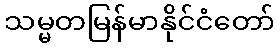
သမ္မတမြန်မာနိုင်ငံတော်